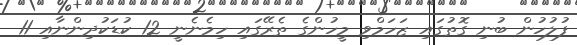
ފުލުހުން ބުނި ގޮތުގައި ޒަހަމްވި މީހުންގެ ތެރޭގައި ހިމެނެނީ 12 ކުޑަކުދިންނާއި 11